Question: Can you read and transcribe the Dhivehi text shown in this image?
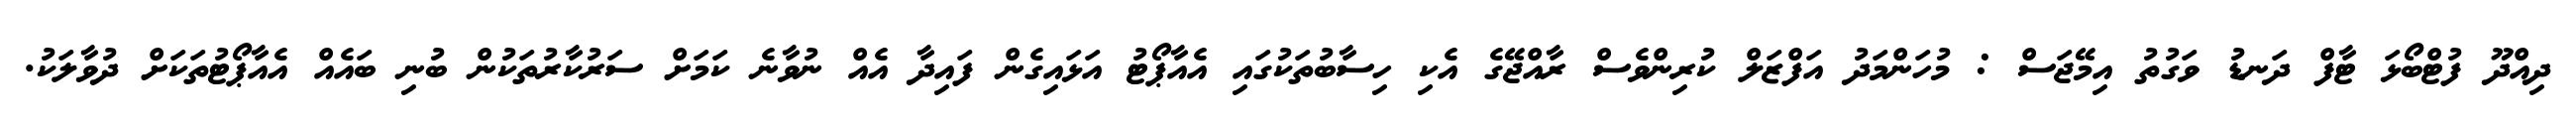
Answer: ދިއްދޫ ފުޓްބޯޅަ ޓާފް ދަނޑު ވަގުތު އިމޭޖަސް : މުހަންމަދު އަފްޒަލް ކުރިންވެސް ރާއްޖޭގެ އެކި ހިސާބުތަކުގައި އެއާޕޯޓު އަޅައިގެން ފައިދާ އެއް ނުވާނެ ކަމަށް ސަރުކާރުތަކުން ބުނި ބައެއް އެއާޕޯޓުތަކަށް ދުވާލަކު.